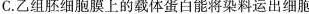
C.乙组胚细胞膜上的载体蛋白能将染料运出细胞